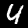
Label: 4